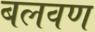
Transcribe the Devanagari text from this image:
बलवण